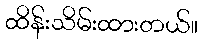
ထိန်းသိမ်းထားတယ်။